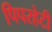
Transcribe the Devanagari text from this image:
पिपरहेटी